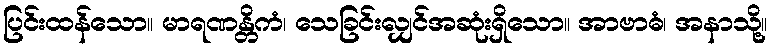
ပြင်းထန်သော။ မာရဏန္တိကံ၊ သေခြင်းလျှင်အဆုံးရှိသော။ အာဗာဓံ၊ အနာသို့။